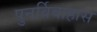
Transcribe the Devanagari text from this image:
पुनर्विवाहास